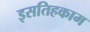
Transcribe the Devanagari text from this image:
इसतिहकाम